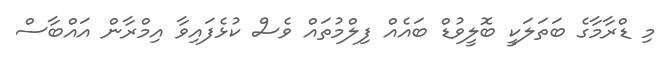
މި ޑްރާމާގެ ބަތަލަކީ ބޮލީވުޑް ބައެއް ފިލްމުތައް ވެސް ކުޅެފައިވާ އިމްރާން އައްބާސް